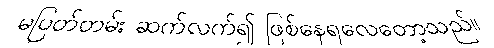
မပြတ်တမ်း ဆက်လက်၍ ဖြစ်နေရလေတော့သည်။